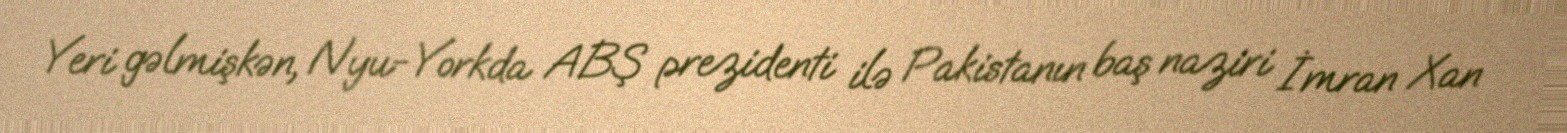
Yeri gəlmişkən, Nyu-Yorkda ABŞ prezidenti ilə Pakistanın baş naziri İmran Xan